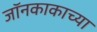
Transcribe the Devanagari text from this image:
जॉनकाकाच्या